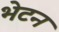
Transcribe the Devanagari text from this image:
भेटन